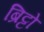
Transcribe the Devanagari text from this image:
ब्रिट्टो